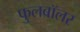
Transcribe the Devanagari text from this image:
फुलबॉलर